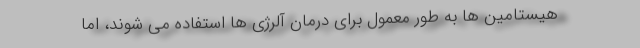
هیستامین ها به طور معمول برای درمان آلرژی ها استفاده می شوند، اما